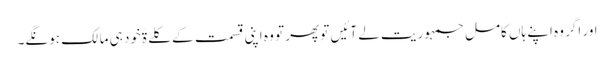
اور اگر وہ اپنے ہاں کامل جمہوریت لے آئیں تو پھر تو وہ اپنی قسمت کے کلےۃًخود ہی مالک ہونگے۔